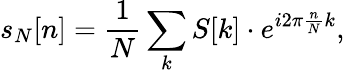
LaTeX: s_{N}[n]={\frac{1}{N}}\sum_{k}S[k]\cdot e^{i2\pi{\frac{n}{N}}k},